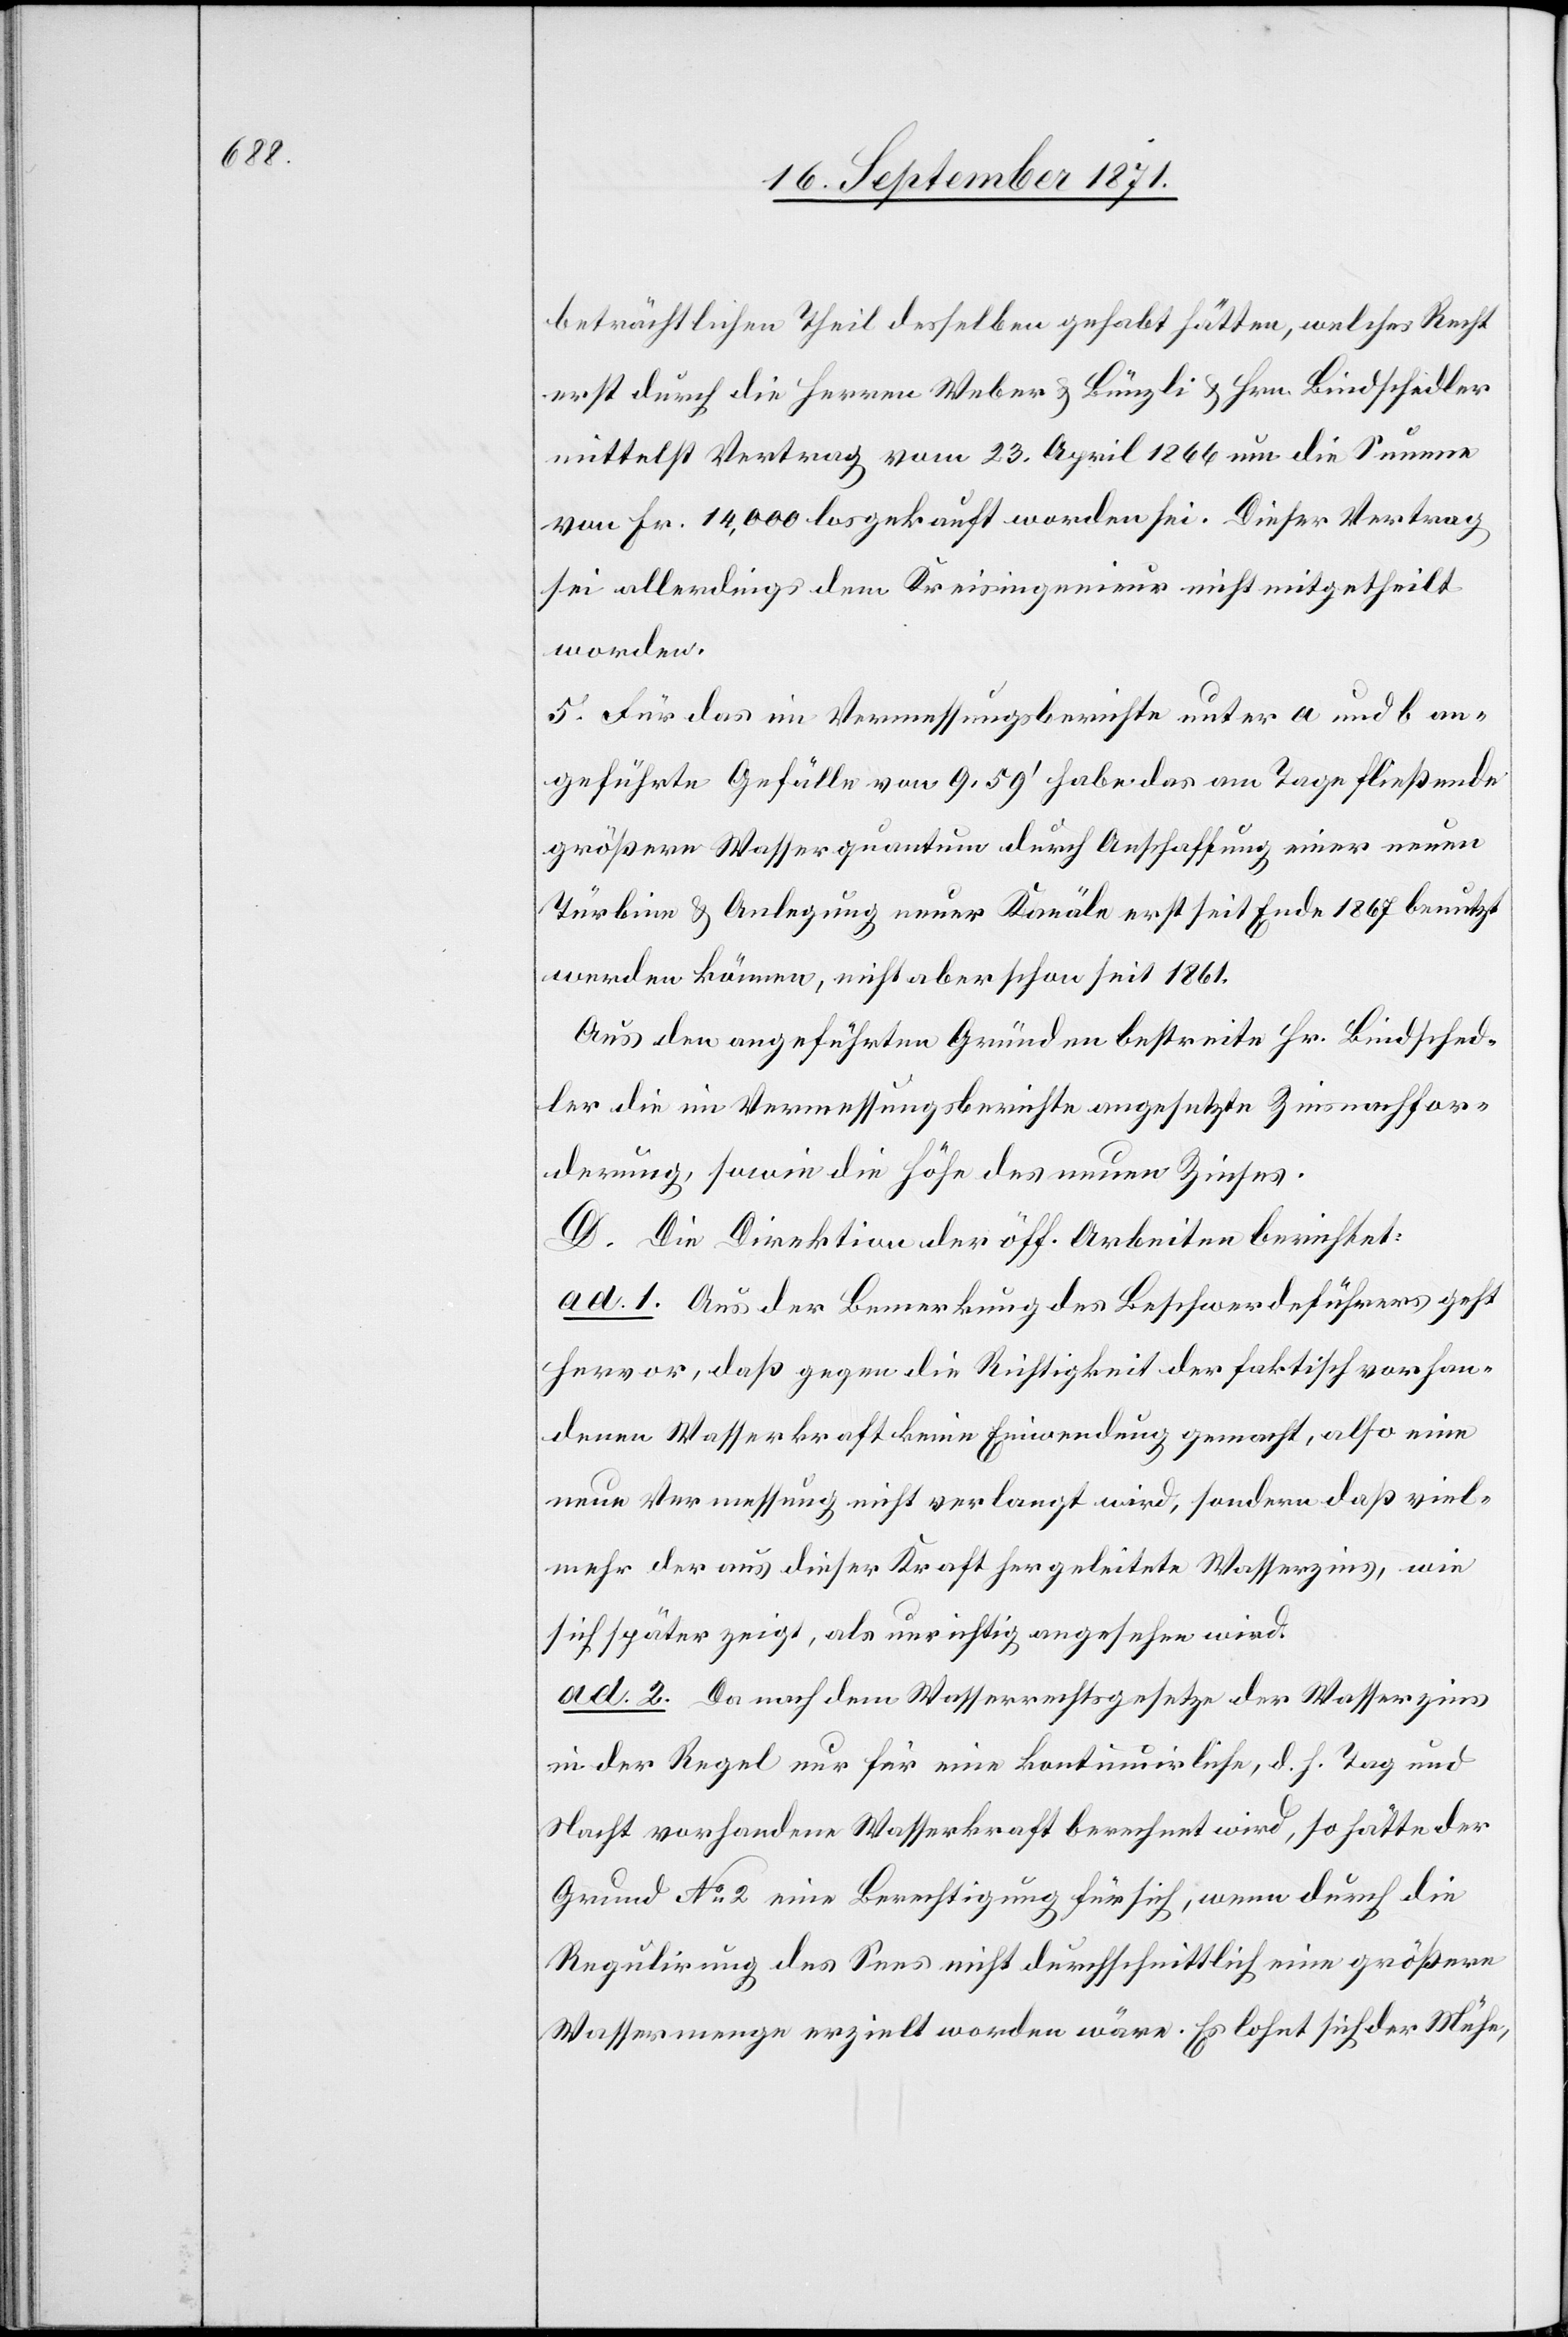
beträchtlichen Theil desselben gehabt hätten, welches Recht
erst durch die Herren Weber & Bünzli & Hrn. Bindschedler
mittelst Vertrag vom 23. April 1866 um die Summe
von Fr. 14,000 losgekauft worden sei. Dieser Vertrag
sei allerdings dem Kreisingenieur nicht mitgetheilt
worden.
5. Für das im Vermessungsberichte unter a und b an¬
geführte Gefälle von 9.59’ habe das am Tage fließende
größere Wasserquantum durch Anschaffung einer neuen
Turbine & Anlegung neuer Kanäle erst seit Ende 1867 benutzt
werden können, nicht aber schon seit 1861.
Aus den angeführten Gründen bestreite Hr. Bindsched¬
ler die im Vermessungsberichte angesetzte Zinsnachfor¬
derung, sowie die Höhe des neuen Zinses.
D. Die Direktion der öff. Arbeiten berichtet:
ad. 1. Aus der Bemerkung des Beschwerdeführers geht
hervor, daß gegen die Richtigkeit der faktisch vorhan¬
denen Wasserkraft keine Einwendung gemacht, also eine
neue Vermessung nicht verlangt wird, sodann daß viel¬
mehr der aus dieser Kraft hergeleitete Wasserzins, wie
sich später zeigt, als unrichtig angesehen wird.
ad. 2. Da nach dem Wasserrechtsgesetze der Wasserzins
in der Regel nur für eine kontinuierliche, d. h. Tag und
Nacht vorhandene Wasserkraft berechnet wird, so hätte der
Grund No 2 eine Berechtigung für sich, wenn durch die
Regulirung des Sees nicht durchschnittlich eine größere
Wassermenge erzielt worden wäre. Es lohnt sich der Mühe,